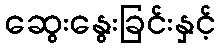
ဆွေးနွေးခြင်းနှင့်